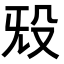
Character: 𬆟